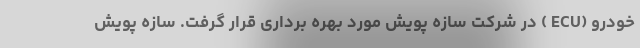
خودرو (ECU ) در شرکت سازه پویش مورد بهره برداری قرار گرفت. سازه پویش